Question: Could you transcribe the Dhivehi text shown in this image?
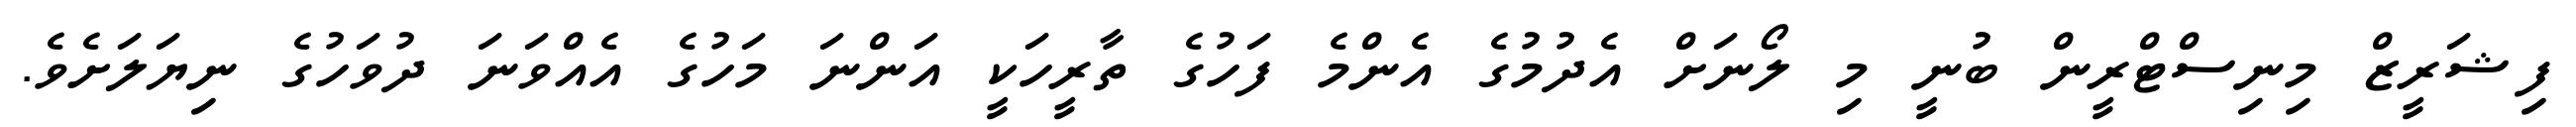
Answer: ފިޝަރީޒް މިނިސްޓްރީން ބުނީ މި ލޯނަށް އެދުމުގެ އެންމެ ފަހުގެ ތާރީހަކީ އަންނަ މަހުގެ އެއްވަނަ ދުވަހުގެ ނިޔަލަށެވެ.